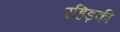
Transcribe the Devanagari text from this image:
रहिड़की